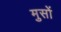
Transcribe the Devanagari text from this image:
मुसों